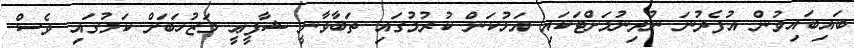
ބައިބައިވުން އުފެދުނަ ނުދިނުމަށްޓަކައި އަޅުކަން ކުރުމުގައި ތަބާވާނީ ޝާފީޢީ މަޒުހަބަށް ކަމުގައި ވެސް